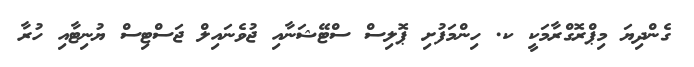
ގެންދިޔަ މިޕްރޮގްރާމަކީ ކ. ހިންމަފުށި ޕޮލިސް ސްޓޭޝަނާއި ޖުވެނައިލް ޖަސްޓިސް ޔުނިޓާއި ހުރާ